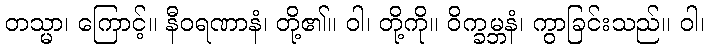
တသ္မာ၊ ကြောင့်။ နီဝရဏာနံ၊ တို့၏။ ဝါ၊ တို့ကို။ ဝိက္ခမ္ဘနံ၊ ကွာခြင်းသည်။ ဝါ၊